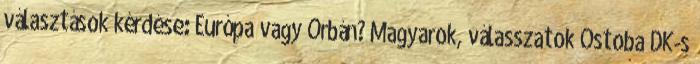
választások kérdése: Európa vagy Orbán? Magyarok, válasszatok Ostoba DK-s